Election expenses, 1911, 1911
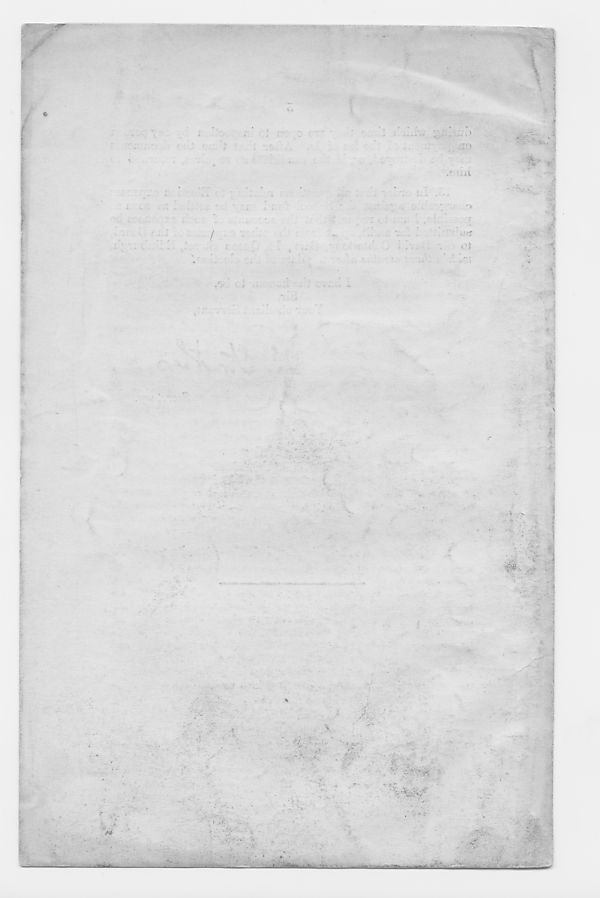
ID
na
•
•>
ci
* ’
\
& ■ •
r-; .•
’••
V
Vr- '
'■
•r-i*
■ : ,®'
■iE'
'
-
■
■■
■